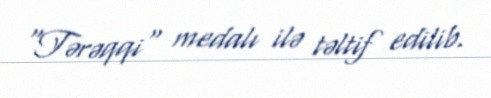
"Tərəqqi" medalı ilə təltif edilib.